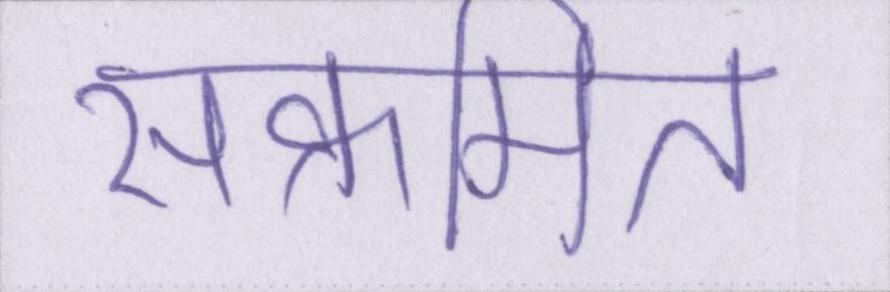
संक्रमित